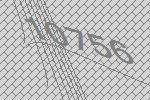
10756